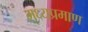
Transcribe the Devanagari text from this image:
मध्यप्रमाण